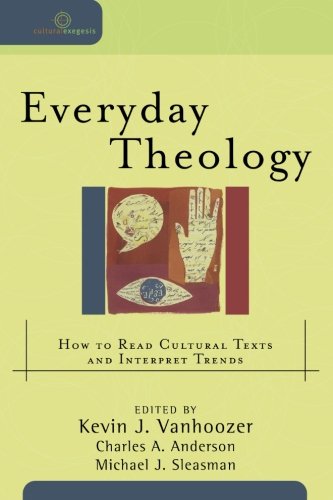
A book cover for Everyday Theology: How to Read Cultural Texts and Interpret Trends (Cultural Exegesis); Christian Books & Bibles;